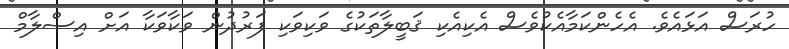
ހުރަސް އަޅައެވެ. އެހެންކަމާއެކުވެސް އެކިއެކި ޤަބީލާތަކުގެ ވަކިވަކި ފަރުދުން ވަކާވަކާ އަށް އިސްލާމް